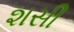
શસી